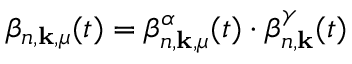
\beta _ { n , \mathbf { k } , \mu } ( t ) = \beta _ { n , \mathbf { k } , \mu } ^ { \alpha } ( t ) \cdot \beta _ { n , \mathbf { k } } ^ { \gamma } ( t )